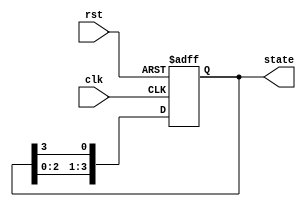
module ring_counter (
    input wire clk,           // Clock input
    input wire rst,           // Asynchronous reset input
    output reg [N-1:0] state  // Output state of the ring counter
);
    parameter N = 4;          // Number of flip-flops (states)

    // Initialize the state on reset
    always @(posedge clk or posedge rst) begin
        if (rst) begin
            state <= 1'b1;    // Initialize to 0001 (only the first flip-flop is high)
        end else begin
            state <= {state[N-2:0], state[N-1]}; // Shift left and wrap around
        end
    end
endmodule